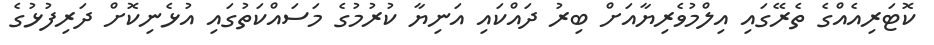
ކޮޓަރިއެއްގެ ތެރޭގައި އިލްމުވެރިޔާއަށް ބިރު ދައްކައި އަނިޔާ ކުރުމުގެ މަސައްކަތުގައި އުޅެނިކޮށް ދަރިފުޅުގެ